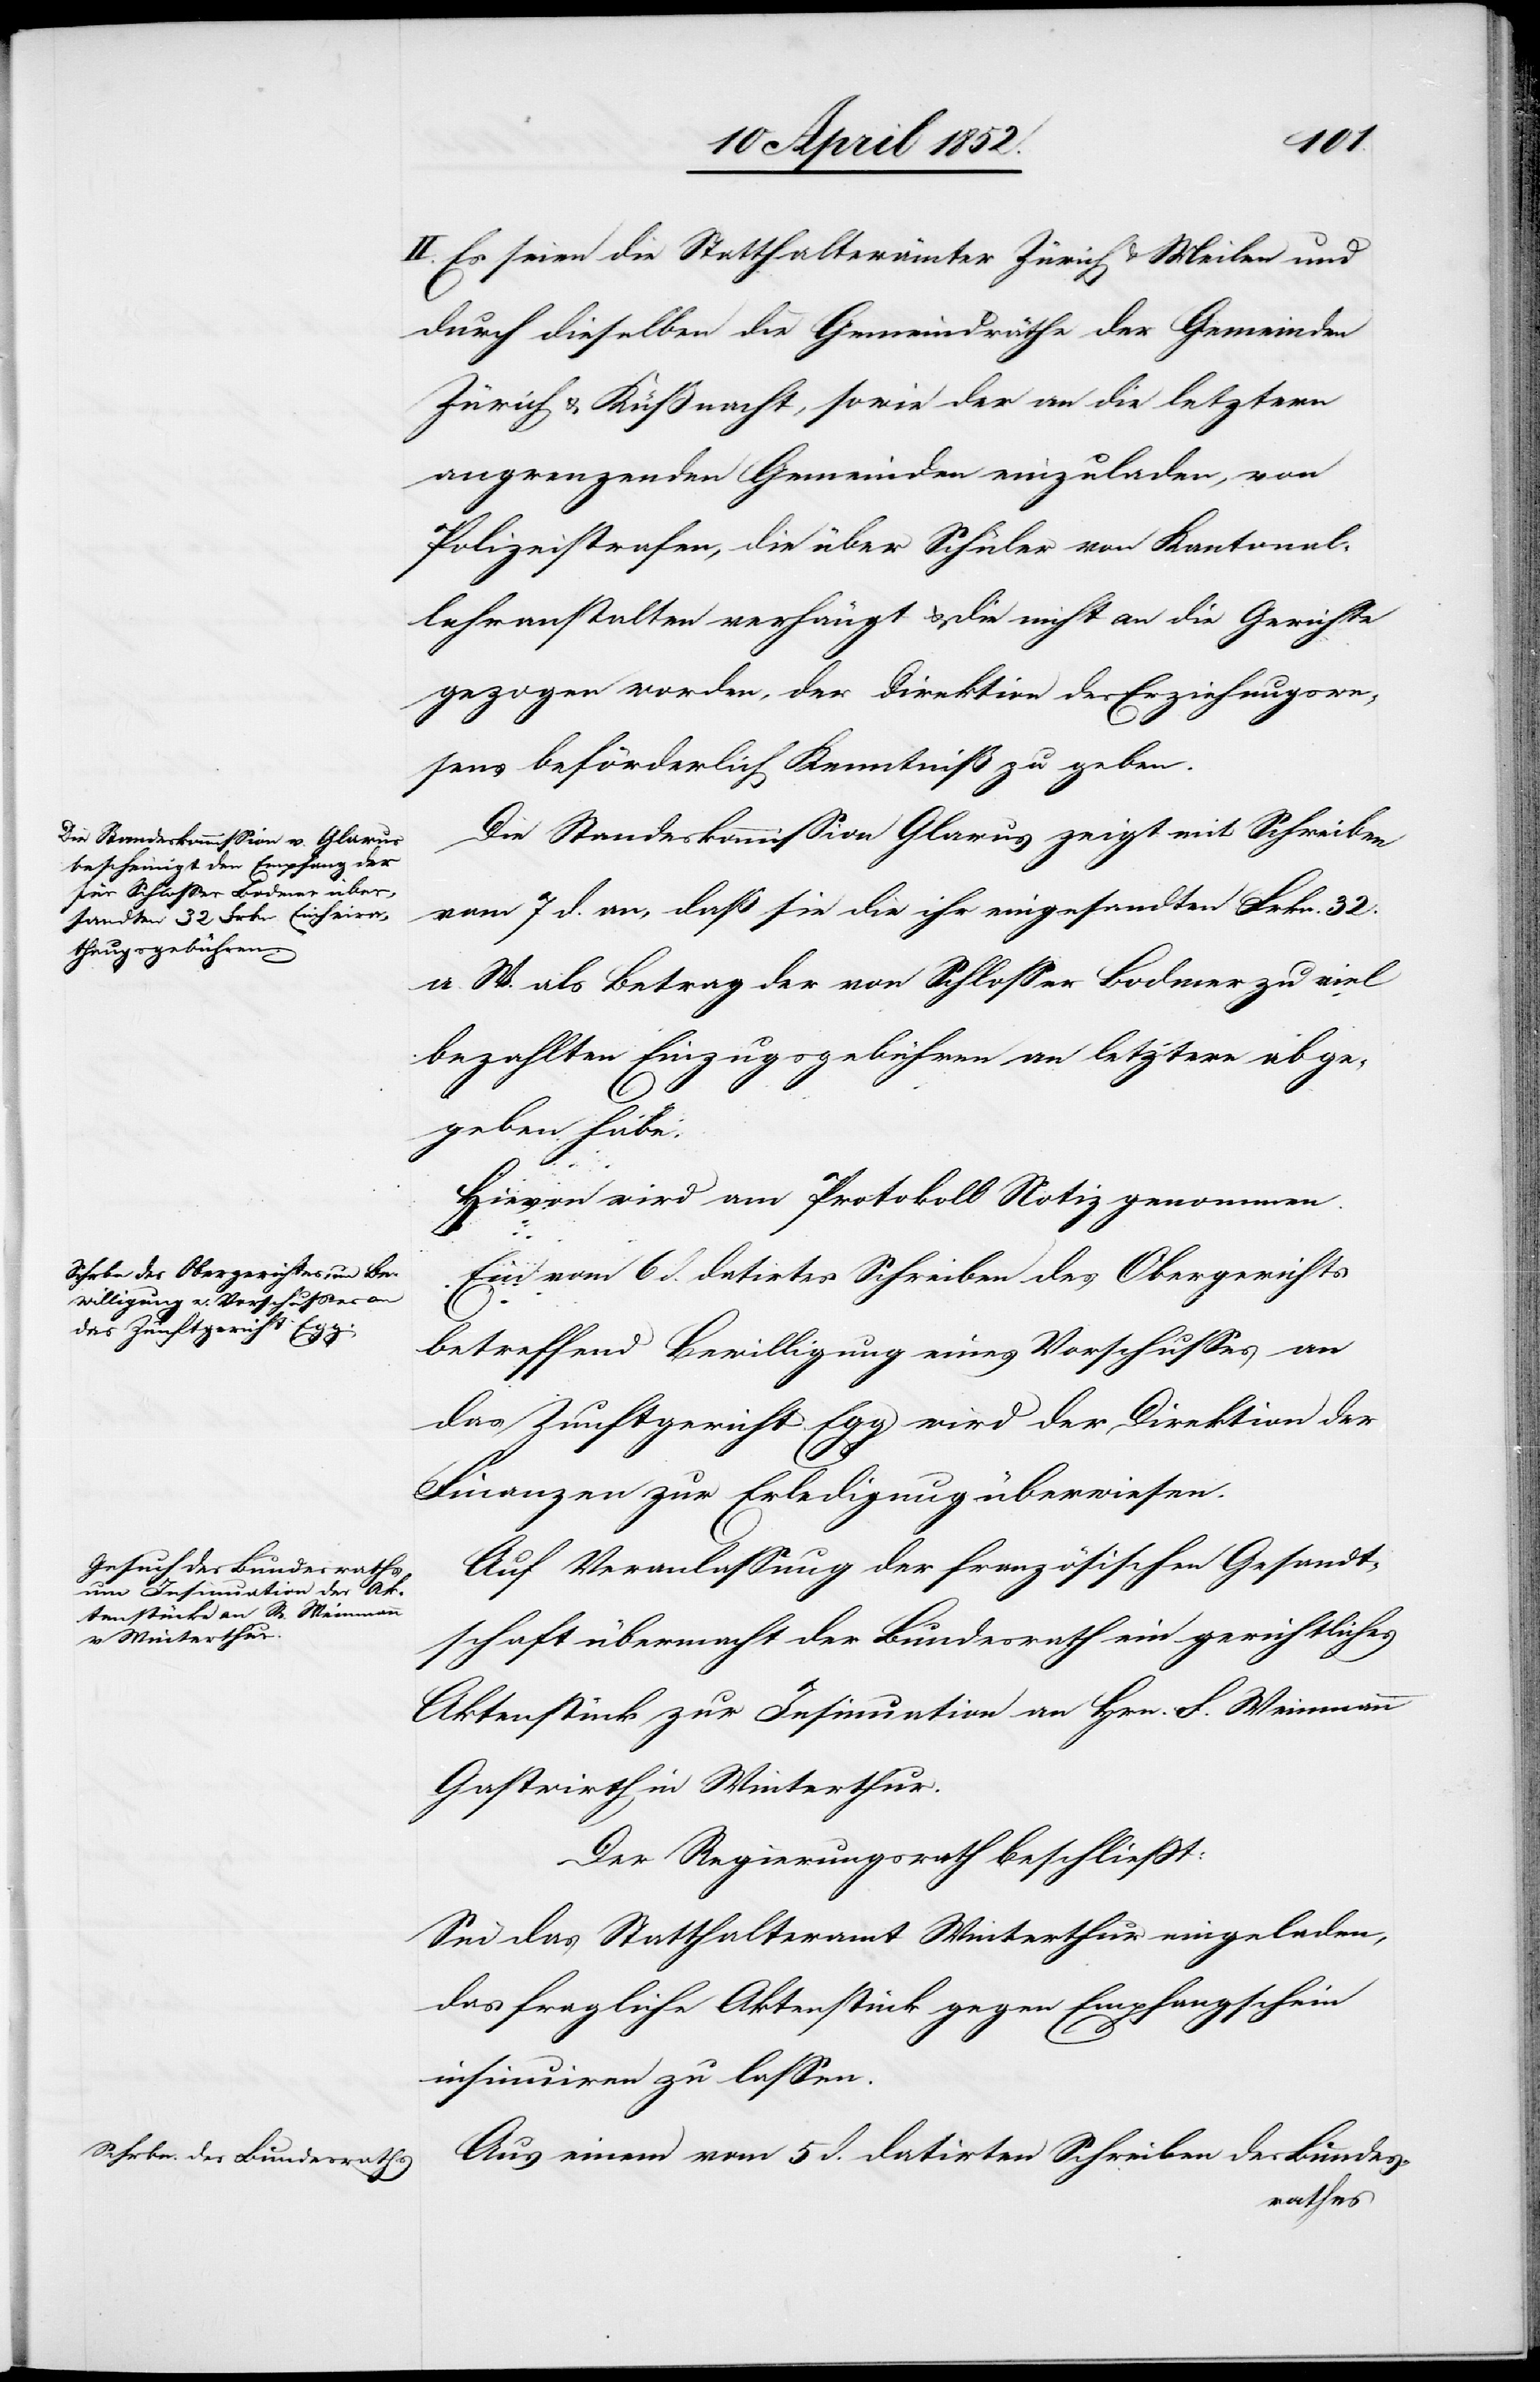
II. Es seien die Statthalterämter Zürich & Meilen und
durch dieselben die Gemeindräthe der Gemeinden
Zürich & Küßnacht, sowie der an die letztern
angrenzenden Gemeinden einzuladen, von
Polizeistrafen, die über Schüler von Kantonal¬
lehranstalten verhängt & die nicht an die Gerichte
gezogen werden, der Direktion des Erziehungswe¬
sens beförderlich Kenntniß zu geben.
Die Standeskommission Glarus zeigt mit Schreiben
vom 7 d. an, daß sie die ihr eingesandten Frkn. 32.
a. W. als Betrag der von Schlosser Bodmer zu viel
bezahlten Einzugsgebühren an letztere abge¬
geben habe.
Hievon wird am Protokoll Notiz genommen.
Ein vom 6 d. datirtes Schreiben des Obergerichts
betreffend Bewilligung eines Vorschusses an
das Zunftgericht Egg wird der Direktion der
Finanzen zur Erledigung überwiesen.
Auf Veranlassung der französischen Gesandt¬
schaft übermacht der Bundesrath ein gerichtliches
Aktenstück zur Insinuation an Hrn. F. [sic!]
Gastwirth in Winterthur.
Der Regierungsrath beschliesst:
Sei das Statthalteramt Winterthur eingeladen,
das fragliche Aktenstück gegen Empfangschein
insinuiren zu lassen.
Aus einem vom 5 d. datirten Schreiben des Bundes¬
rathes